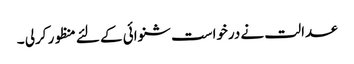
عدالت نے درخواست شنوائی کے لئے منظور کرلی ۔